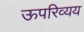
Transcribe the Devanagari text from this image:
ऊपरिव्यय